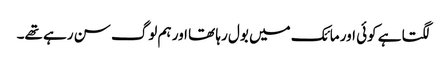
لگتا ہے کوئی اور مائک میں بول رہا تھا اور ہم لوگ سن رہے تھے۔